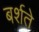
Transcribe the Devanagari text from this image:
बर्शते